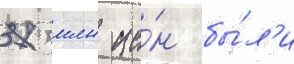
37 млн ие́н бы́л'и